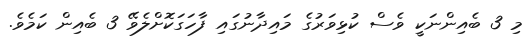
މި 3 ބެއިންނަކީ ވެސް ކުޅިވަރުގެ މައިދާނުގައި ފާހަގަކޮށްލެވޭ 3 ބެއިން ކަމެވެ.